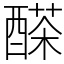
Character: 𨢕